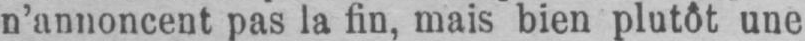
n’annoncent pas la fin, mais bien plutôt une